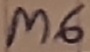
Text: M6